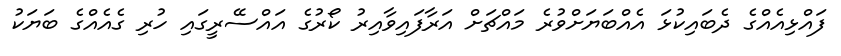
ފައްޅިއެއްގެ ދެބައިކުޅަ އެއްބަޔަށްވުރެ މައްޗަށް އަރާފައިވާއިރު ކޯރުގެ އައްސޭރީގައި ހުރި ގެއެއްގެ ބަޔަކު